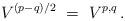
LaTeX: \begin{align*} V^{(p-q)/2} \ = \ V^{p,q}\,.\end{align*}